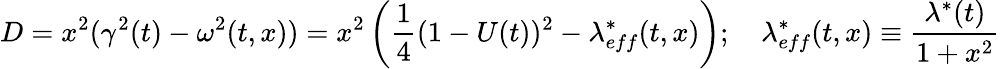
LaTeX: D=x^{2}(\gamma^{2}(t)-\omega^{2}(t,x))=x^{2}\left({\frac{1}{4}}(1-U(t))^{2}-\lambda_{eff}^{*}(t,x)\right);\quad\lambda_{eff}^{*}(t,x)\equiv{\frac{\lambda^{*}(t)}{1+x^{2}}}